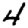
Digit: 4